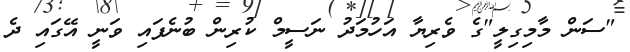
"ސަން މާމިގިލީ"ގެ ވެރިޔާ އަހުމަދު ނަސީމް ކުރިން ބުނެފައި ވަނީ އޭގައި ދެ